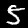
Digit: 5